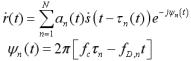
\[
\begin{align*}
\tilde{r}(t)&=\sum_{n = 1}^{N} a_{n} \tilde{s}(t - \tau_{n}) e^{-j \psi_{n}(t)}\\
\psi_{n}(t)&=2 \pi\left[f_{c} \tau_{n}-f_{D n} t\right]
\end{align*}
\]